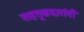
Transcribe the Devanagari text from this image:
वाहतूकदारांनी